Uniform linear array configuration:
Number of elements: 32
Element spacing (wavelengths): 0.5
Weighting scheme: binomial
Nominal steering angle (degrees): -30
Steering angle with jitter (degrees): -28.769
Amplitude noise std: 0.05
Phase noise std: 0.05

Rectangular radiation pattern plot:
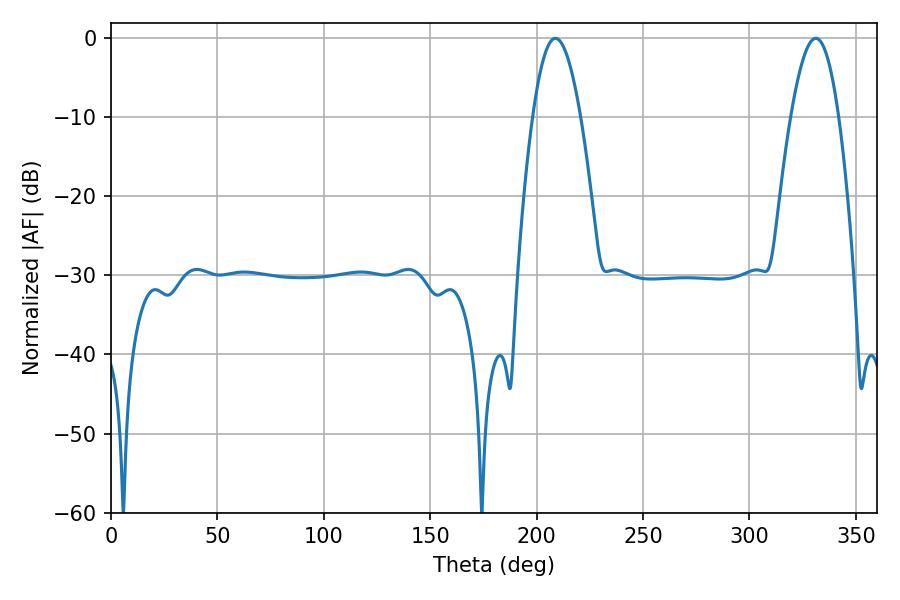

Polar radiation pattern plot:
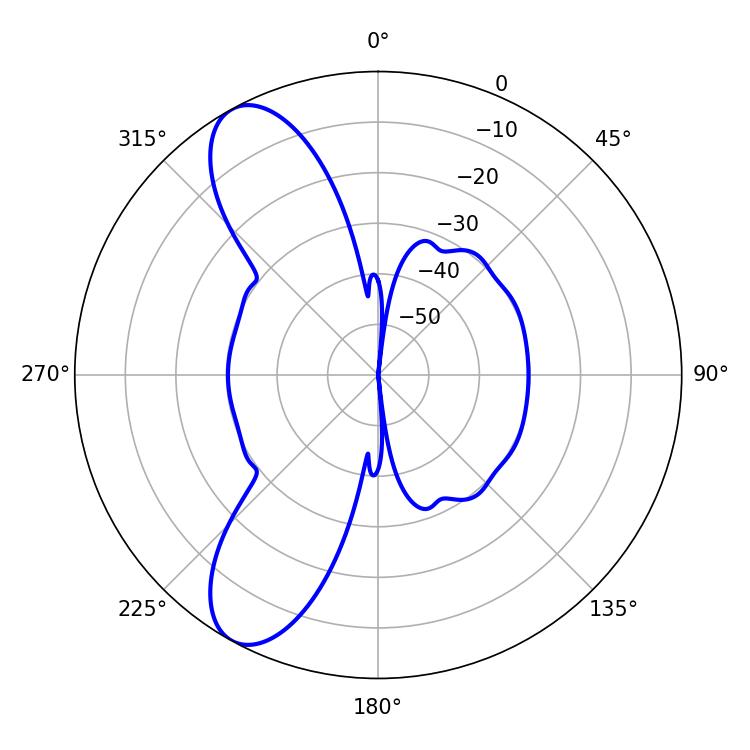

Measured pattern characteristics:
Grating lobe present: FALSE
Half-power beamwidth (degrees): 12.24
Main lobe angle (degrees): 208.8